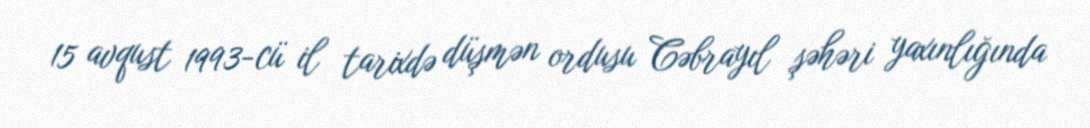
15 avqust 1993-cü il tarixdə düşmən ordusu Cəbrayıl şəhəri yaxınlığında